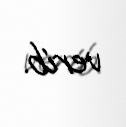
verib.